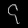
Digit: ၄